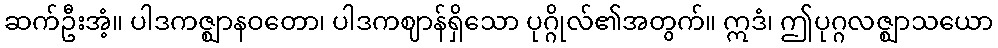
ဆက်ဦးအံ့။ ပါဒကဇ္ဈာနဝတော၊ ပါဒကဈာန်ရှိသော ပုဂ္ဂိုလ်၏အတွက်။ ဣဒံ၊ ဤပုဂ္ဂလဇ္ဈာသယော